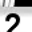
Digit: 2